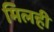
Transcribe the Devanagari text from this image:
मिलही